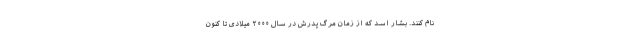
نام کنند. بشار اسد که از زمان مرگ پدرش در سال ۲۰۰۰ میلادی تا کنون